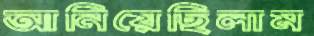
আনিয়েছিলাম